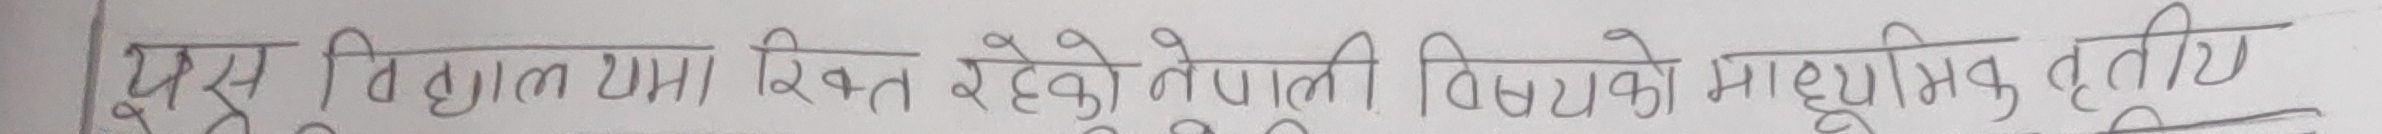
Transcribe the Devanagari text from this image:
यस विद्यालयमा स्थित रहेको नेपाली विषयको माध्यमिक तृतीय